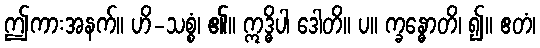
ဤကားအနက်။ ဟိ-သစ္စံ၊ ၏။ ဣဒ္ဓိပါ ဒေါတိ။ ပ။ က္ခန္ဓောတိ၊ ၍။ ဧတံ၊